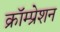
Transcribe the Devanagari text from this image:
क्रॉम्प्रेशन